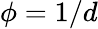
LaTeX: \phi=1/d